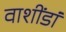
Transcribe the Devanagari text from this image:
वाशींडां